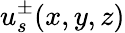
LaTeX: u_{s}^{\pm}(x,y,z)